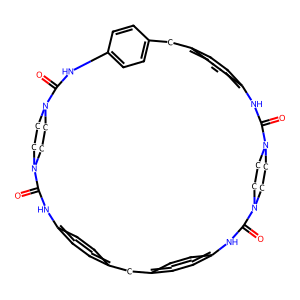
SMILES: O=C1Nc2ccc(cc2)Cc2ccc(cc2)NC(=O)N2CCN(CC2)C(=O)Nc2ccc(cc2)Cc2ccc(cc2)NC(=O)N2CCN1CC2
Inhibits HIV replication: No